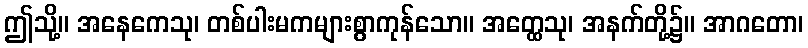
ဤသို့။ အနေကေသု၊ တစ်ပါးမကများစွာကုန်သော။ အတ္ထေသု၊ အနက်တို့၌။ အာဂတော၊